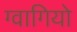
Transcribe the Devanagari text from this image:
ग्वागियो